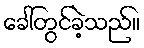
ခေါ်တွင်ခဲ့သည်။